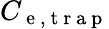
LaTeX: C_{\mathrm{~e~,~t~r~a~p~}}